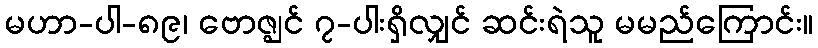
မဟာ-ပါ-၈၉၊ ဗောဇ္ဈင် ၇-ပါးရှိလျှင် ဆင်းရဲသူ မမည်ကြောင်း။